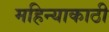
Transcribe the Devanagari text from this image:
महिन्याकाठी